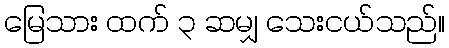
မြေသား ထက် ၃ ဆမျှ သေးငယ်သည်။